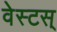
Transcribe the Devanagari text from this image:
वेस्टस्‌